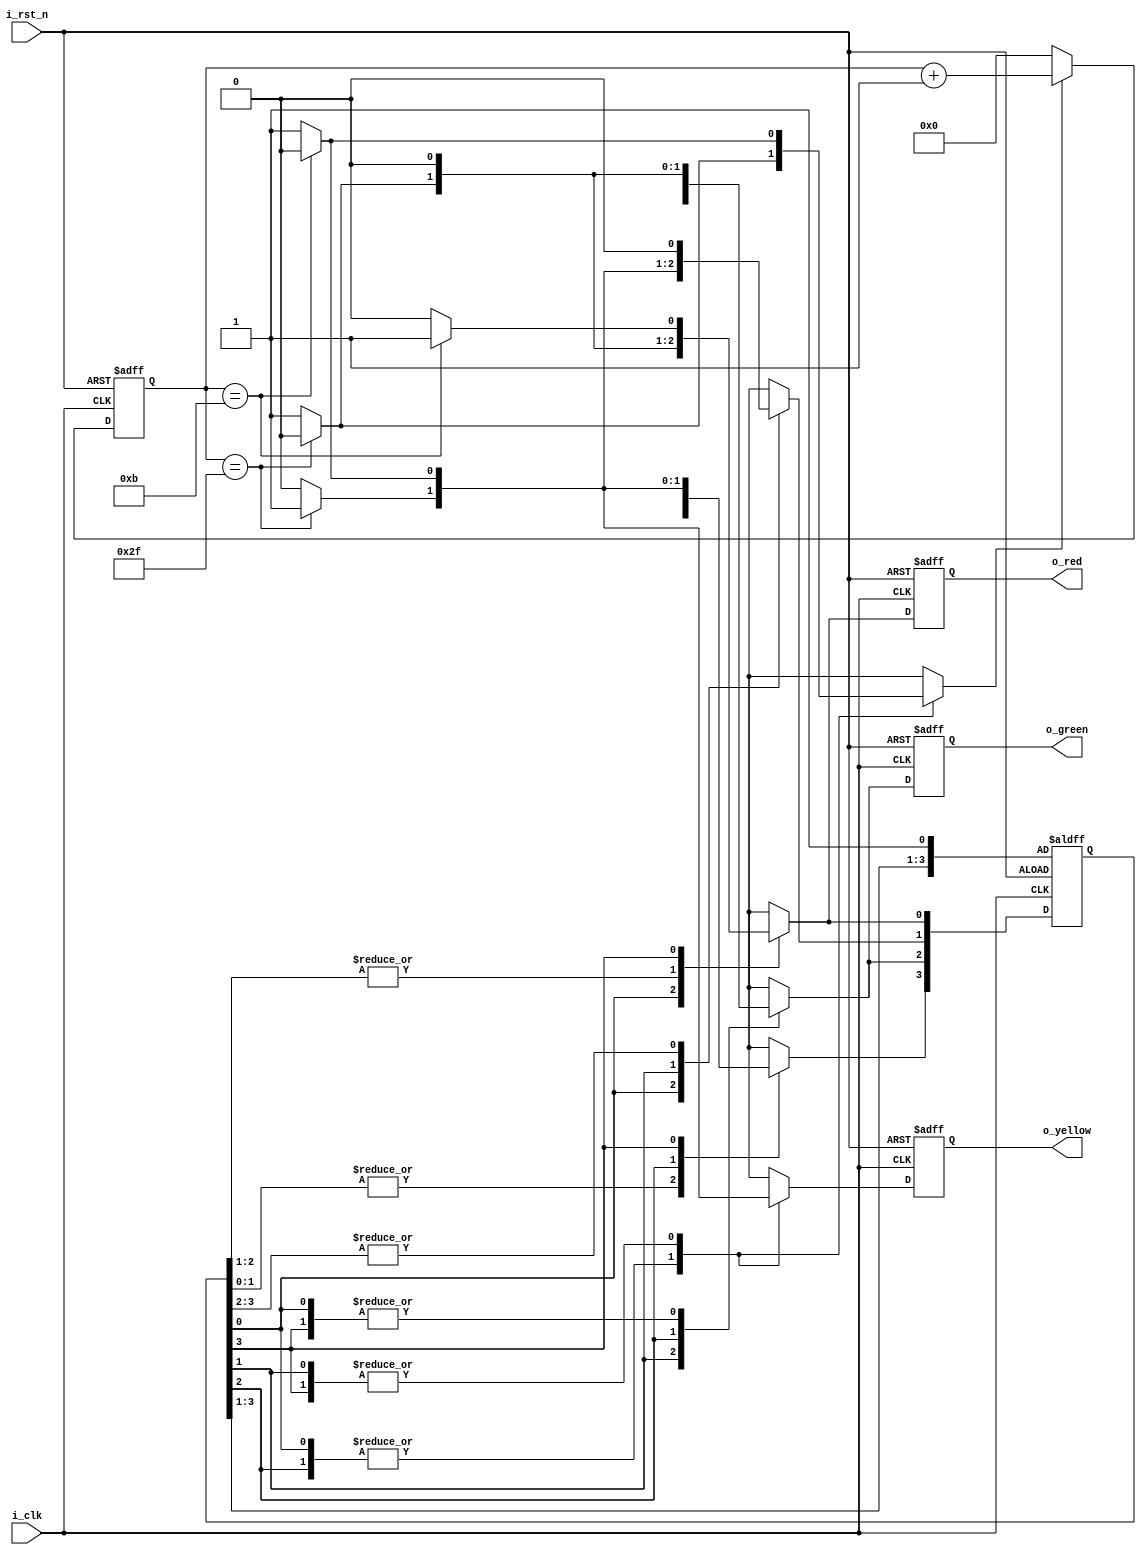
module traffic_light 
                    (
                        input 		i_clk,
                        input 		i_rst_n,
                        
			output reg 	o_red, 
			    		o_yellow,
			    		o_green
                    );

localparam RED = 0, YELLOW_2 = 1, GREEN = 2, YELLOW_1 = 3;

parameter   COUNT_WIDTH 	= 32;

parameter   GLOW_RED 		= 48, 
            GLOW_YELLOW_1 	= 12,
            GLOW_GREEN 		= 48,
            GLOW_YELLOW_2 	= 12;

reg [3:0] state, next_state;
reg       next_red, next_yellow, next_green;

reg [COUNT_WIDTH - 1:0] count;
reg         		count_rst_n;

	
	
// next state registers with counter
always @(posedge i_clk, negedge i_rst_n)
    if (!i_rst_n) begin
        
	state[RED] <= 1'b1;
        o_red <= 1'b1;
        o_yellow <= 1'b0;
        o_green <= 1'b0;
	count <= 0;
            
    end else begin
        
	state <= next_state;
        o_red <= next_red;
        o_yellow <= next_yellow;
        o_green <= next_green;
    
    if(!count_rst_n)    
	count <= 0;
    else
        count <= count + 1;  	    
            
    end

	

// next state combinational logic
always @* begin

next_state = 4'b0;
next_red = 1'b0;
next_yellow = 1'b0;
next_green = 1'b0;
count_rst_n = 1'b1;

     case (1'b1) //synopsys parallel_case full_case
        
	state[RED]:
		if (count == GLOW_RED - 1)begin
		    
                next_state[YELLOW_2] = 1'b1;
                next_yellow = 1'b1;
                count_rst_n = 1'b0;
		    
            end else begin
		    
                next_state[RED] = 1'b1;
                next_red = 1'b1;
		    
            end        
        
	     
	state[YELLOW_2]:
		if (count == GLOW_YELLOW_2 - 1) begin
		    
                next_state[GREEN] = 1'b1;
                next_green = 1'b1;
                count_rst_n = 1'b0;
		    
            end else begin
		    
                next_state[YELLOW_2] = 1'b1;
                next_yellow = 1'b1;
		    
            end        
        
	state[GREEN]:
		if (count == GLOW_GREEN - 1) begin
		    
                next_state[YELLOW_1] = 1'b1;
                next_yellow = 1'b1;
                count_rst_n = 1'b0;
		    
            end else begin
		    
                next_state[GREEN] = 1'b1;
                next_green = 1'b1;
		    
            end 
	     
        state[YELLOW_1]:
		if (count == GLOW_YELLOW_1 - 1) begin
		    
                next_state[RED] = 1'b1;
                next_red = 1'b1;
                count_rst_n = 1'b0;
		    
            end else begin
		    
                next_state[YELLOW_1] = 1'b1;
                next_yellow = 1'b1;  
		    
            end
    
     endcase
end
    
endmodule